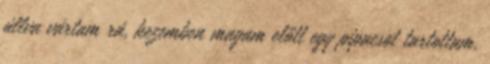
állva vártam rá, kezemben magam előtt egy pipacsot tartottam,